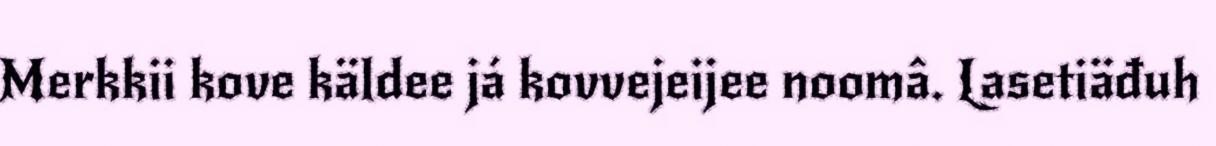
Merkkii kove käldee já kovvejeijee noomâ. Lasetiäđuh